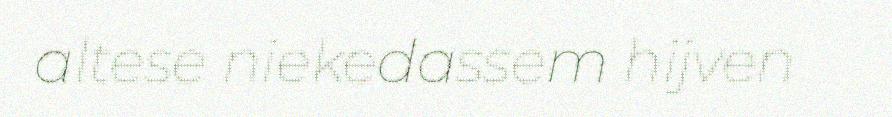
altese niekedassem hijven